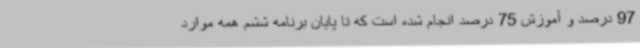
97 درصد و آموزش 75 درصد انجام شده است که تا پایان برنامه ششم همه موارد